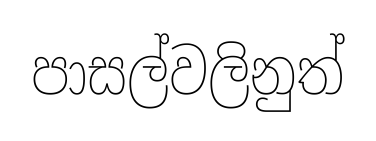
පාසල්වලිනුත්